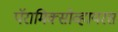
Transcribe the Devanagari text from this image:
पॅरामिक्सोव्हायरस